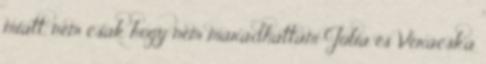
miatt, nem csak hogy nem maradhattam Júlia és Verácska